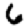
Digit: 6